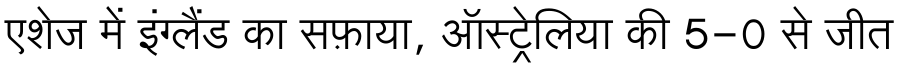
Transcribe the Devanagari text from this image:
एशेज में इंग्लैंड का सफ़ाया, ऑस्ट्रेलिया की 5-0 से जीत